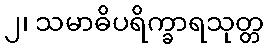
၂၊ သမာဓိပရိက္ခာရသုတ္တ